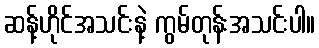
ဆန့်ဟိုင်အသင်းနဲ့ ကွမ်တုန်းအသင်းပါ။